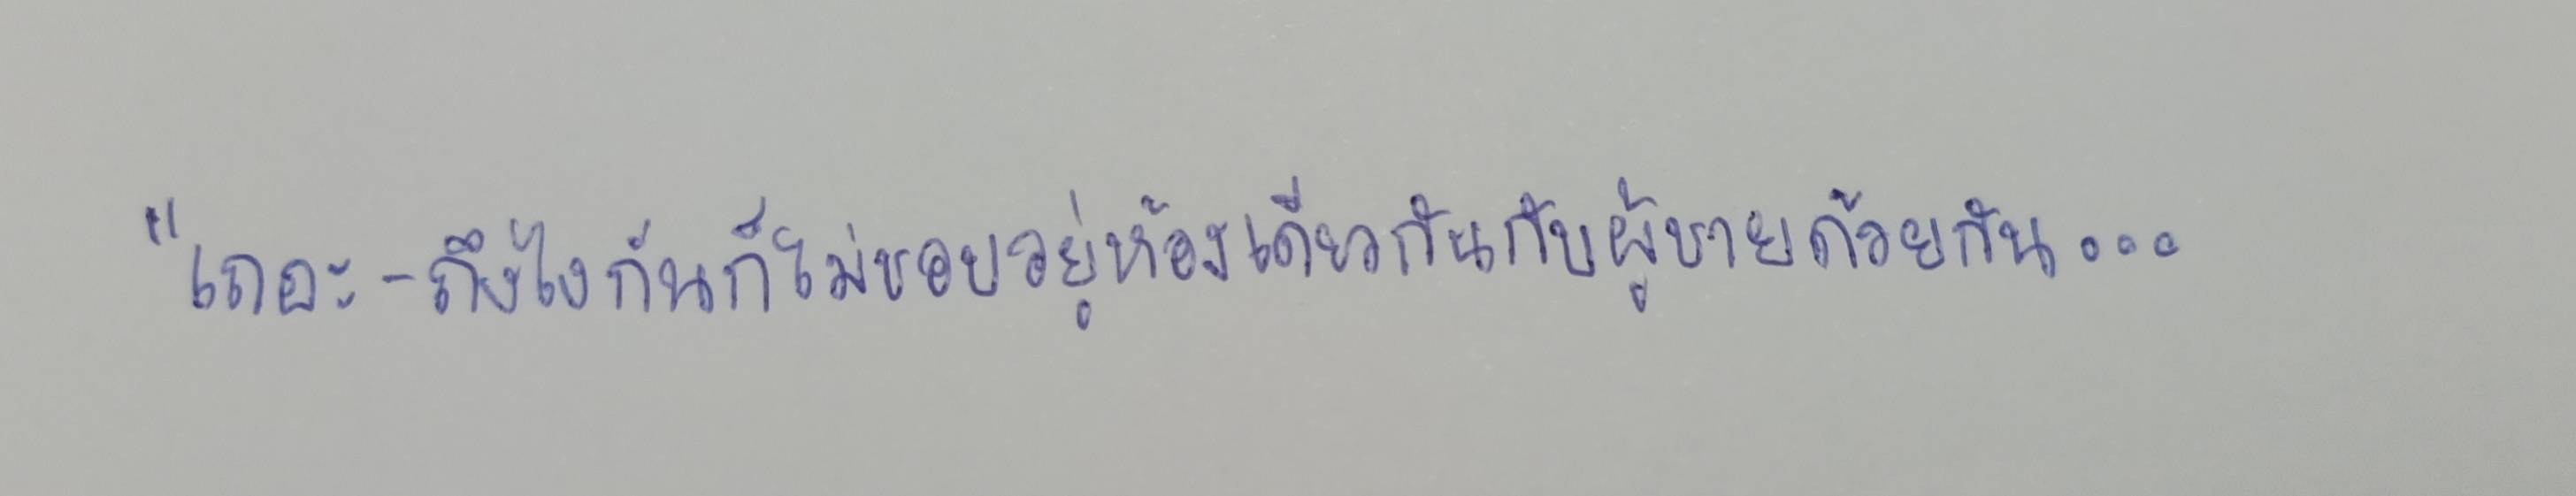
"เถอะ-ถึงไงกันก็ไม่ชอบอยู่ห้องเดียวกันกับผู้ชายด้วยกัน...